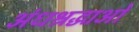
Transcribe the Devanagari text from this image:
अंधश्रद्धाओं